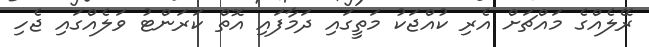
ރޭލެއްގެ މައްޗަށް އެރި ކުއްޖަކު މަތީގައި ދަމާފައި އޮތް ކަރަންޓު ވަލެއްގައި ޖެހި